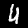
Digit: 4